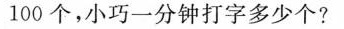
100个，小巧一分钟打字多少个?